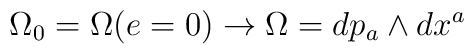
\Omega_{0}=\Omega(e=0) \rightarrow \Omega=dp_{a}\wedge dx^{a}